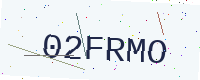
Text: 02FRMO